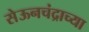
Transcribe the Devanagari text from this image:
सेऊनचंद्राच्या